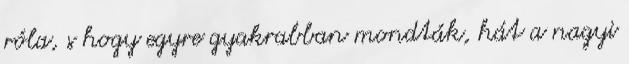
róla, s hogy egyre gyakrabban mondták, hát a nagyi